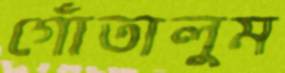
গোঁতালুম